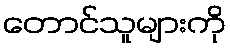
တောင်သူများကို